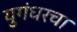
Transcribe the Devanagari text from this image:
युगंधरचा